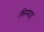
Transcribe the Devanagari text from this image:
सिखाइ